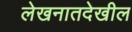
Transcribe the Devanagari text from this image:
लेखनातदेखील